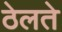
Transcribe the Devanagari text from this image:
ठेलते